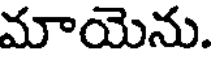
మాయెను.